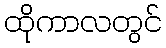
ထိုကာလတွင်